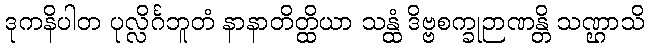
ဒုကနိပါတ ပုလ္လိင်္ဂဘူတံ နာနာတိတ္ထိယာ သန္ထံ ဒိဗ္ဗစက္ခုဉာဏန္တိ သဏ္ဌာသိ